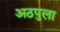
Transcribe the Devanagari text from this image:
अठपुला